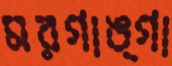
মরগাঙ্গা